Rangoon Lunatic Asylum 1893-1897 - 1893-1897
Year: 1893
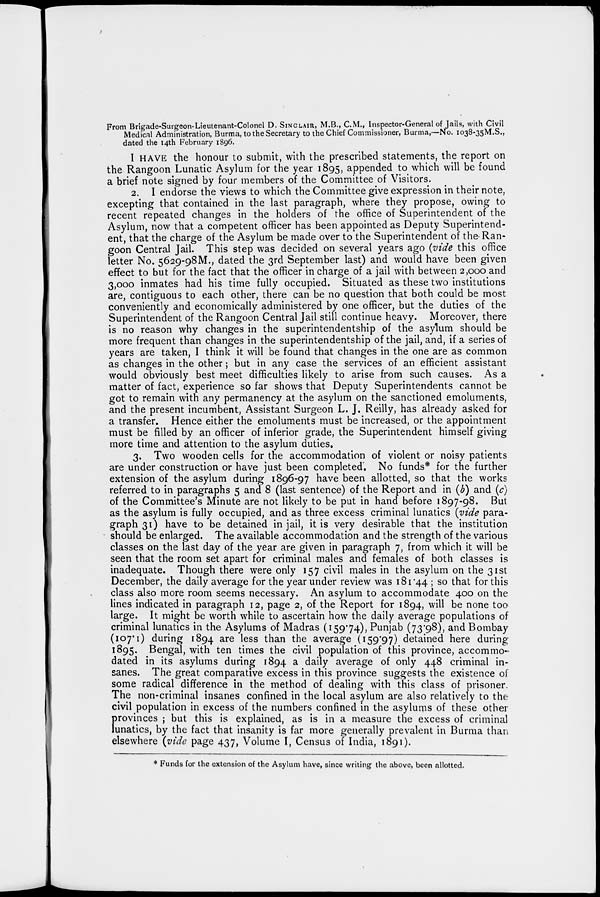
From Brigade-Surgeon-Lieutenant-Colonel D. SINCLAIR, M.B., C.M., Inspector-General of Jails, with Civil
Medical Administration, Burma, to the Secretary to the Chief Commissioner, Burma,—No. 1038-35M.S.,
dated the 14th February 1896.
I HAVE the honour to submit, with the prescribed statements, the report on
the Rangoon Lunatic Asylum for the year 1895, appended to which will be found
a brief note signed by four members of the Committee of Visitors.
2. I endorse the views to which the Committee give expression in their note,
excepting that contained in the last paragraph, where they propose, owing to
recent repeated changes in the holders of the office of Superintendent of the
Asylum, now that a competent officer has been appointed as Deputy Superintend-
ent, that the charge of the Asylum be made over to the Superintendent of the-Ran-
goon Central Jail. This step was decided on several years ago (vide this office
letter No. 5629-98M., dated the 3rd September last) and would have been given
effect to but for the fact that the officer in charge of a jail with between 2,000 and
3,000 inmates had his time fully occupied. Situated as these two institutions
are, contiguous to each other, there can be no question that both could be most
conveniently and economically administered by one officer, but the duties of the
Superintendent of the Rangoon Central Jail still continue heavy. Moreover, there
is no reason why changes in the superintendentship of the asylum should be
more frequent than changes in the superintendentship of the jail, and, if a series of
years are taken, I think it will be found that changes in the one are as common
as changes in the other; but in any case the services of an efficient assistant
would obviously best meet difficulties likely to arise from such causes. As a
matter of fact, experience so far shows that Deputy Superintendents cannot be
got to remain with any permanency at the asylum on the sanctioned emoluments,
and the present incumbent, Assistant Surgeon L. J. Reilly, has already asked for
a transfer. Hence either the emoluments must be increased, or the appointment
must be filled by an officer of inferior grade, the Superintendent himself giving
more time and attention to the asylum duties.
3. Two wooden cells for the accommodation of violent or noisy patients
are under construction or have just been completed*. No funds* for the further
extension of the asylum during 1896-97 have been allotted, so that the works
referred to in paragraphs 5 and 8 (last sentence) of the Report and in (b) and (c)
of the Committee's Minute are not likely to be put in hand before 1897-98. But
as the asylum is fully occupied, and as three excess criminal lunatics (vide para-
graph 31) have to be detained in jail, it is very desirable that the institution
should be enlarged. The available accommodation and the strength of the various
classes on the last day of the year are given in paragraph 7, from which it will be
seen that the room set apart for criminal males and females of both classes is
inadequate. Though there were only 157 civil males in the asylum on the 31st
December, the daily average for the year under review was 181.44; so that for this
class also more room seems necessary. An asylum to accommodate 400 on the
lines indicated in paragraph 12, page 2, of the Report for 1894, will be none too
large. It might be worth while to ascertain how the daily average populations of
criminal lunatics in the Asylums of Madras (159.74), Punjab (73.98), and Bombay
(107.1) during 1894 are less than the average (159.97) detained here during
1895. Bengal, with ten times the civil population of this province, accommo-
dated in its asylums during 1894 a daily average of only 448 criminal in-
sanes. The great comparative excess in this province suggests the existence of
some radical difference in the method of dealing with this class of prisoner.
The non-criminal insanes confined in the local asylum are also relatively to the
civil population in excess of the numbers confined in the asylums of these other
p rovinces ; but this is explained, as is in a measure the excess of criminal
lunatics, by the fact that insanity is far more generally prevalent in Burma than
elsewhere (vide page 437, Volume I, Census of India, 1891).
* Funds for the extension of the Asylum have, since writing the above, been allotted.